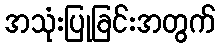
အသုံးပြုခြင်းအတွက်